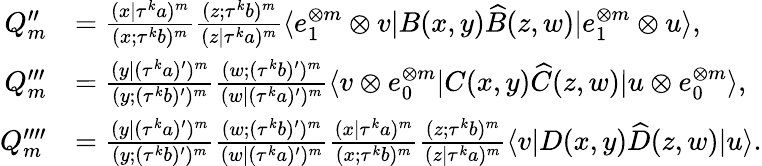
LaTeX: \begin{array}{rl}{Q_{m}^{\prime\prime}}&{=\frac{(x|\tau^{k}a)^{m}}{(x;\tau^{k}b)^{m}}\frac{(z;\tau^{k}b)^{m}}{(z|\tau^{k}a)^{m}}\langle e_{1}^{\otimes m}\otimes v|B(x,y)\widehat{B}(z,w)|e_{1}^{\otimes m}\otimes u\rangle,}\\ {Q_{m}^{\prime\prime\prime}}&{=\frac{(y|(\tau^{k}a)^{\prime})^{m}}{(y;(\tau^{k}b)^{\prime})^{m}}\frac{(w;(\tau^{k}b)^{\prime})^{m}}{(w|(\tau^{k}a)^{\prime})^{m}}\langle v\otimes e_{0}^{\otimes m}|C(x,y)\widehat{C}(z,w)|u\otimes e_{0}^{\otimes m}\rangle,}\\ {Q_{m}^{\prime\prime\prime\prime}}&{=\frac{(y|(\tau^{k}a)^{\prime})^{m}}{(y;(\tau^{k}b)^{\prime})^{m}}\frac{(w;(\tau^{k}b)^{\prime})^{m}}{(w|(\tau^{k}a)^{\prime})^{m}}\frac{(x|\tau^{k}a)^{m}}{(x;\tau^{k}b)^{m}}\frac{(z;\tau^{k}b)^{m}}{(z|\tau^{k}a)^{m}}\langle v|D(x,y)\widehat{D}(z,w)|u\rangle.}\end{array}